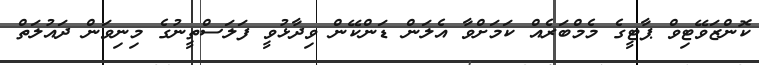
ކޮންޒަވޭޓިވް ޕާޓީގެ މެމްބަރެއް ކަމަށްވާ އެލަން ޑަންކޭން ވިދާޅުވީ ފަލަސްތީނުގެ މިނިވަން ދައުލަތް